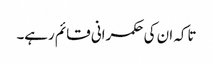
تاکہ ان کی حکمرانی قائم رہے۔